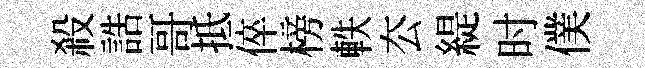
殺誥哥抵倅榜軼厺緹时僕